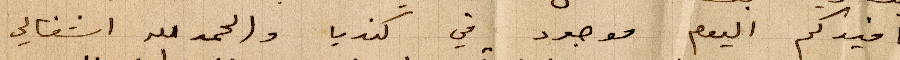
افيدكم اليوم موجود في كنديا والحمدالله اشغالي